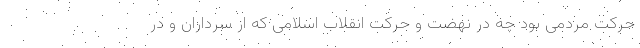
حرکت مردمی بود چه در نهضت و حرکت انقلاب اسلامی که از سرداران و در